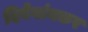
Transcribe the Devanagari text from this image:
दिवेगांवकर